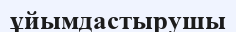
ұйымдастырушы